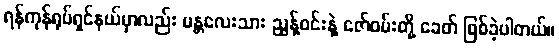
ရန်ကုန်ရုပ်ရှင်နယ်မှာလည်း မန္တလေးသား ညွန့်ဝင်းနဲ့ ဇော်ဝမ်းတို့ ခေတ် ဖြစ်ခဲ့ပါတယ်။